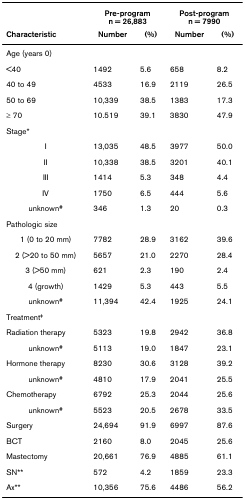
<table><thead><tr><td></td><td colspan="2"><b>Pre-programn = 26,883</b></td><td colspan="2"><b>Post-programn = 7990</b></td></tr><tr><td><b>Characteristic</b></td><td><b>Number</b></td><td><b>(%)</b></td><td><b>Number</b></td><td><b>(%)</b></td></tr></thead><tbody><tr><td>Age (years 0)</td><td></td><td></td><td></td><td></td></tr><tr><td>&lt;40</td><td>1492</td><td>5.6</td><td>658</td><td>8.2</td></tr><tr><td>40 to 49</td><td>4533</td><td>16.9</td><td>2119</td><td>26.5</td></tr><tr><td>50 to 69</td><td>10,339</td><td>38.5</td><td>1383</td><td>17.3</td></tr><tr><td>≥ 70</td><td>10.519</td><td>39.1</td><td>3830</td><td>47.9</td></tr><tr><td>Stage*</td><td></td><td></td><td></td><td></td></tr><tr><td>I</td><td>13,035</td><td>48.5</td><td>3977</td><td>50.0</td></tr><tr><td>II</td><td>10,338</td><td>38.5</td><td>3201</td><td>40.1</td></tr><tr><td>III</td><td>1414</td><td>5.3</td><td>348</td><td>4.4</td></tr><tr><td>IV</td><td>1750</td><td>6.5</td><td>444</td><td>5.6</td></tr><tr><td>unknown<sup>#</sup></td><td>346</td><td>1.3</td><td>20</td><td>0.3</td></tr><tr><td>Pathologic size</td><td></td><td></td><td></td><td></td></tr><tr><td>1 (0 to 20 mm)</td><td>7782</td><td>28.9</td><td>3162</td><td>39.6</td></tr><tr><td>2 (&gt;20 to 50 mm)</td><td>5657</td><td>21.0</td><td>2270</td><td>28.4</td></tr><tr><td>3 (&gt;50 mm)</td><td>621</td><td>2.3</td><td>190</td><td>2.4</td></tr><tr><td>4 (growth)</td><td>1429</td><td>5.3</td><td>443</td><td>5.5</td></tr><tr><td>unknown<sup>#</sup></td><td>11,394</td><td>42.4</td><td>1925</td><td>24.1</td></tr><tr><td>Treatment<sup>‡</sup></td><td></td><td></td><td></td><td></td></tr><tr><td>Radiation therapy</td><td>5323</td><td>19.8</td><td>2942</td><td>36.8</td></tr><tr><td>unknown<sup>#</sup></td><td>5113</td><td>19.0</td><td>1847</td><td>23.1</td></tr><tr><td>Hormone therapy</td><td>8230</td><td>30.6</td><td>3128</td><td>39.2</td></tr><tr><td>unknown<sup>#</sup></td><td>4810</td><td>17.9</td><td>2041</td><td>25.5</td></tr><tr><td>Chemotherapy</td><td>6792</td><td>25.3</td><td>2044</td><td>25.6</td></tr><tr><td>unknown<sup>#</sup></td><td>5523</td><td>20.5</td><td>2678</td><td>33.5</td></tr><tr><td>Surgery</td><td>24,694</td><td>91.9</td><td>6997</td><td>87.6</td></tr><tr><td>BCT</td><td>2160</td><td>8.0</td><td>2045</td><td>25.6</td></tr><tr><td>Mastectomy</td><td>20,661</td><td>76.9</td><td>4885</td><td>61.1</td></tr><tr><td>SN**</td><td>572</td><td>4.2</td><td>1859</td><td>23.3</td></tr><tr><td>Ax**</td><td>10,356</td><td>75.6</td><td>4486</td><td>56.2</td></tr></tbody></table>